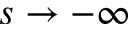
s \to - \infty